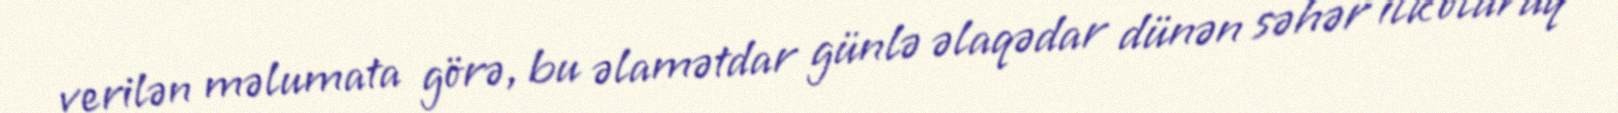
verilən məlumata görə, bu əlamətdar günlə əlaqədar dünən səhər ilk olaraq